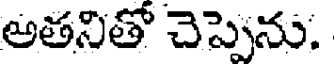
అతనితో చెప్పెను.